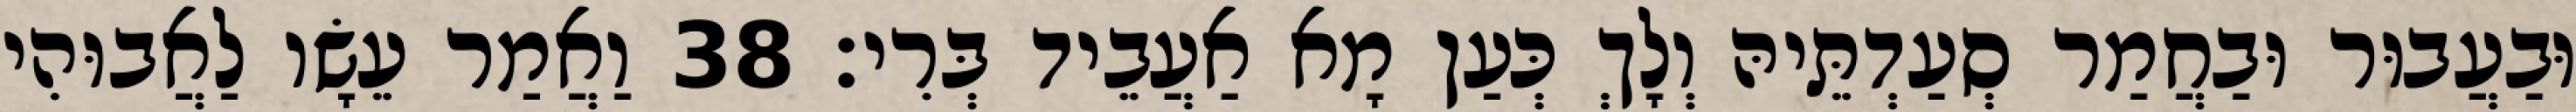
וּבַעֲבוּר וּבַחֲמַר סְעַדְתֵּיהּ וְלָךְ כְּעַן מָא אַעֲבֵיד בְּרִי׃ 38 וַאֲמַר עֵשָׂו לַאֲבוּהִי